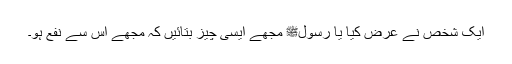
ایک شخص نے عرض کیا یا رسولﷺ مجھے ایسی چیز بتائیں کہ مجھے اس سے نفع ہو۔